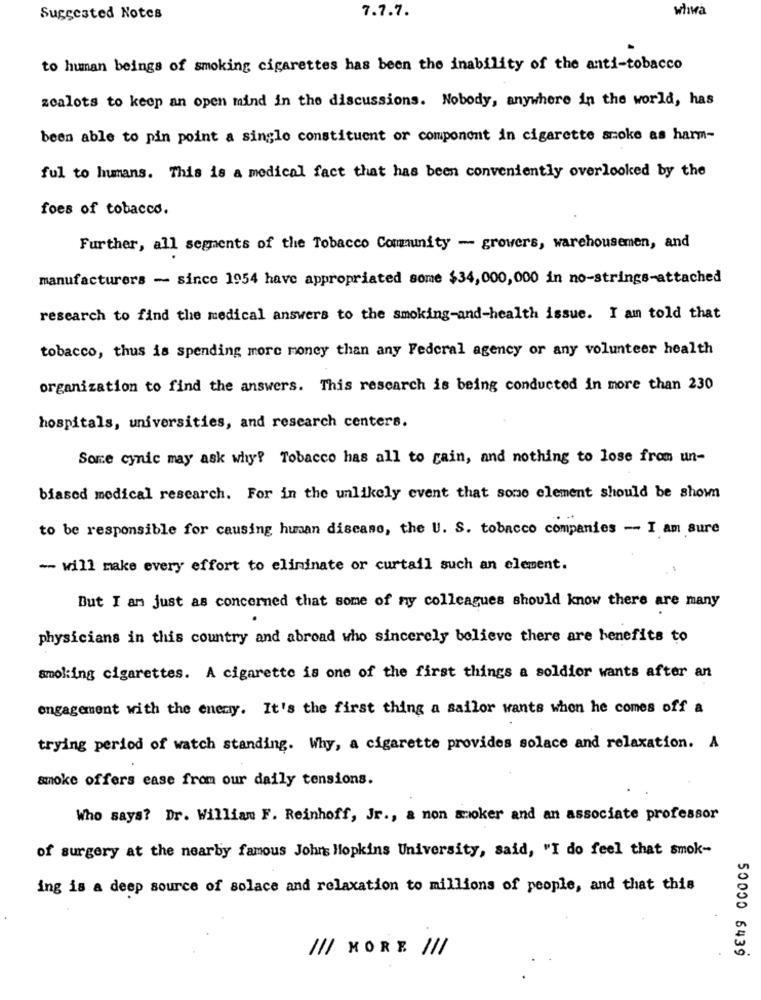
7.7.7.
whwa
Suggested Notes
to human beings of smoking cigarettes has been the inability of the anti-tobacco
zealots to keep an open mind in the discussions. Nobody, anywhere in the world, has
been able to pin point a single constituent or component in cigarette smoke as harm-
ful to humans. This is a medical fact that has been conveniently overlooked by the
foes of tobacco.
Further, all segments of the Tobacco Community - growers, warehousemen, and
manufacturers - since 1954 have appropriated some $34,000,000 in no-strings-attached
research to find the medical answers to the smoking-and-health issue. I am told that
tobacco, thus is spending more money than any Federal agency or any volunteer health
organization to find the answers. This rescarch is being conducted in more than 230
hospitals, universities, and research centers.
Sore cynic may ask why? Tobacco has all to gain, and nothing to lose from un-
biased medical research. For in the unlikely event that some element should be shown
to be responsible for causing human discano, the U. S. tobacco companies - I am sure
- will make every effort to eliminate or curtail such an element.
But I am just as concerned that some of my colleagues should know there are many
physicians in this country and abroad who sincerely believe there are benefits to
smoking cigarettes. A cigarette is one of the first things a soldier wants after an
engagement with the enemy. It's the first thing a sailor wants when he comes off a
trying period of watch standing. Why, a cigarette provides solace and relaxation. A
smoke offers ease from our daily tensions.
Who says? Dr. William F. Reinhoff, Jr ., a non snoker and an associate professor
of surgery at the nearby famous Johns Hopkins University, said, "I do feel that smok-
ing is a deep source of solace and relaxation to millions of people, and that this
/// MORE ///
50000 6439